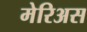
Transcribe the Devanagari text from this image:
मेरिअस